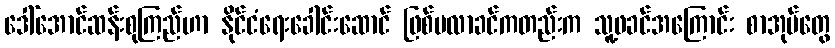
ဒေါ်အောင်ဆန်းစုကြည်ဟာ နိုင်ငံရေးခေါင်းဆောင် ဖြစ်မလာခင်ကတည်းက သူ့ဖခင်အကြောင်း စာအုပ်တွေ